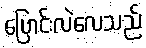
ပြောင်းလဲလေသည်